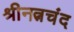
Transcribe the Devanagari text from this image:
श्रीनत्नचंद